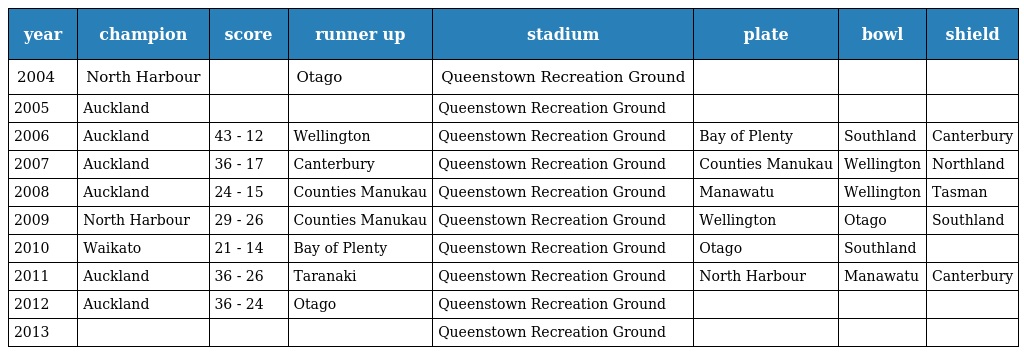
| year | champion | score | runner up | stadium | plate | bowl | shield |
 | --- | --- | --- | --- | --- | --- | --- | --- |
 | 2004 | North Harbour |  | Otago | Queenstown Recreation Ground |  |  |  |
 | 2005 | Auckland |  |  | Queenstown Recreation Ground |  |  |  |
 | 2006 | Auckland | 43 - 12 | Wellington | Queenstown Recreation Ground | Bay of Plenty | Southland | Canterbury |
 | 2007 | Auckland | 36 - 17 | Canterbury | Queenstown Recreation Ground | Counties Manukau | Wellington | Northland |
 | 2008 | Auckland | 24 - 15 | Counties Manukau | Queenstown Recreation Ground | Manawatu | Wellington | Tasman |
 | 2009 | North Harbour | 29 - 26 | Counties Manukau | Queenstown Recreation Ground | Wellington | Otago | Southland |
 | 2010 | Waikato | 21 - 14 | Bay of Plenty | Queenstown Recreation Ground | Otago | Southland |  |
 | 2011 | Auckland | 36 - 26 | Taranaki | Queenstown Recreation Ground | North Harbour | Manawatu | Canterbury |
 | 2012 | Auckland | 36 - 24 | Otago | Queenstown Recreation Ground |  |  |  |
 | 2013 |  |  |  | Queenstown Recreation Ground |  |  |  |